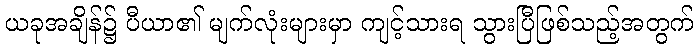
ယခုအချိန်၌ ပီယာ၏ မျက်လုံးများမှာ ကျင့်သားရ သွားပြီဖြစ်သည့်အတွက်